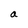
Character: a